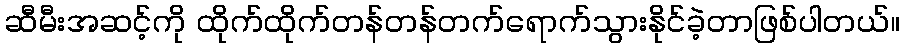
ဆီမီးအဆင့်ကို ထိုက်ထိုက်တန်တန်တက်ရောက်သွားနိုင်ခဲ့တာဖြစ်ပါတယ်။